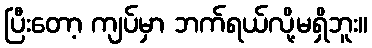
ပြီးတော့ ကျပ်မှာ ဘက်ရယ်လို့မရှိဘူး။